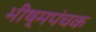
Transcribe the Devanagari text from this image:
भीष्मपंचक